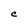
Character: C